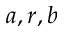
a , r , b